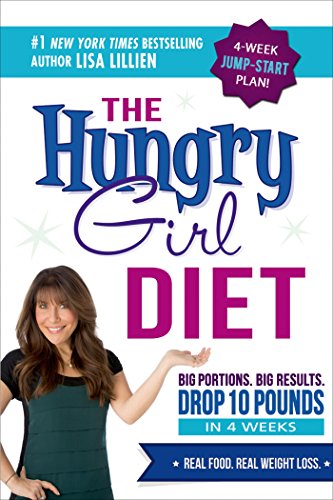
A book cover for The Hungry Girl Diet: Big Portions. Big Results. Drop 10 Pounds in 4 Weeks; Lisa Lillien; Cookbooks, Food & Wine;